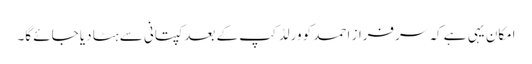
امکان یہی ہے کہ سرفراز احمد کو ورلڈکپ کے بعد کپتانی سے ہٹا دیا جائے گا۔